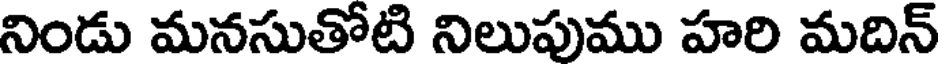
నిండు మనసుతోటి నిలుపుము హరి మదిన్